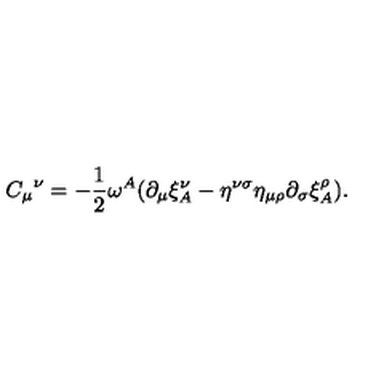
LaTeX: { C _ { \mu } } ^ { \nu } = - \frac 1 2 \omega ^ { A } ( \partial _ { \mu } \xi _ { A } ^ { \nu } - \eta ^ { \nu \sigma } \eta _ { \mu \rho } \partial _ { \sigma } \xi _ { A } ^ { \rho } ) .